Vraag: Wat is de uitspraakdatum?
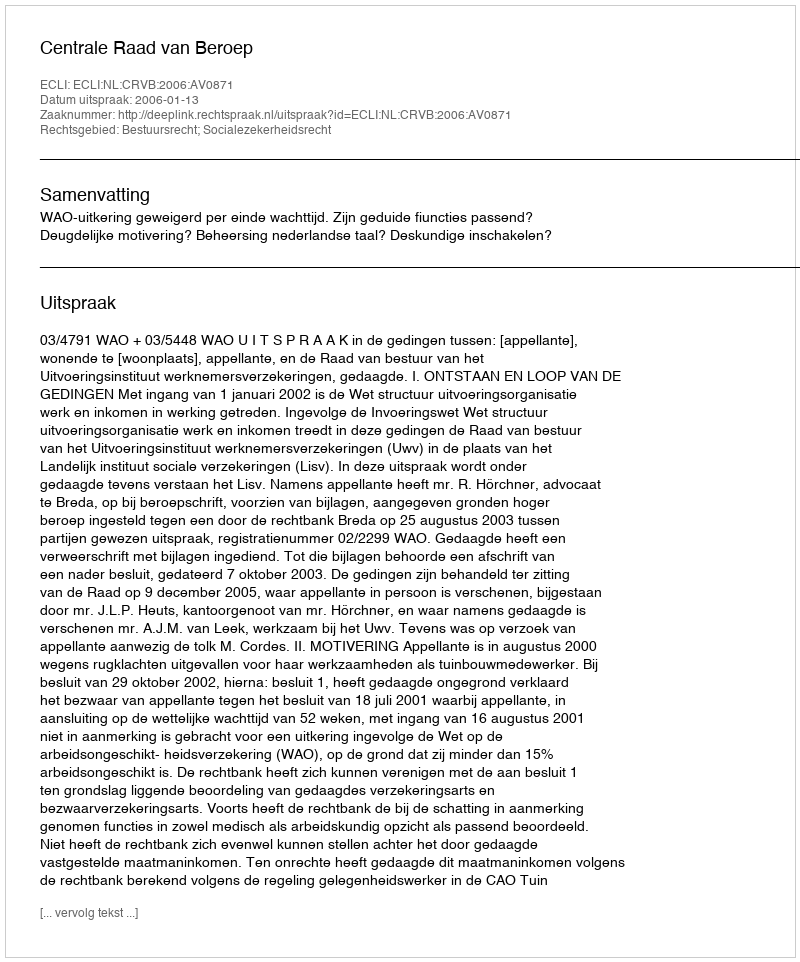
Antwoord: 2006-01-13